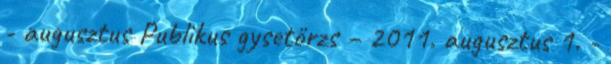
- augusztus Publikus gysetörzs – 2011. augusztus 1. -